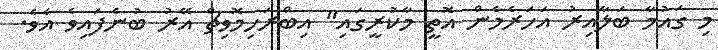
މި ގައުމާ ބަލާއިރު އަހަރެމެން އޮތީ މާކުރީގައި" އިބްރަހިމޮވިޗް އޭރު ބުނެފައިވެ އެވެ.